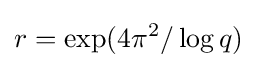
r=\exp(4\pi ^{2}/\log q)